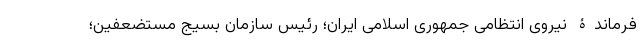
فرماندۀ نیروی انتظامی جمهوری اسلامی ایران؛ رئیس سازمان بسیج مستضعفین؛